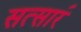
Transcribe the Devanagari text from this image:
सत्सार॔